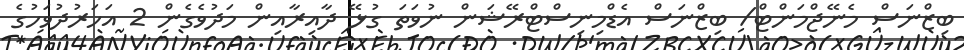
ބިޒްނަސް މެނޭޖްމަންޓް/ ބިޒްނަސް އެޑްމިނިސްޓްރޭޝަން ނުވަތަ ގުޅޭ ދާއިރާއިން މަދުވެގެން 2 އަހަރުދުވަހުގެ